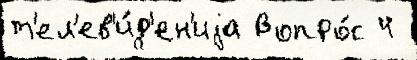
т'ел'ев'и́д'ен'иjа Вопро́с 4